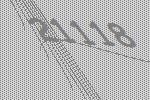
21118